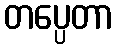
တပ္ပေတာ